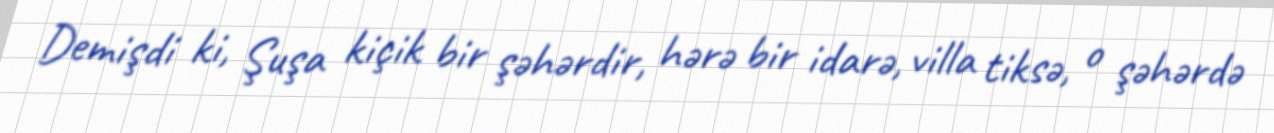
Demişdi ki, Şuşa kiçik bir şəhərdir, hərə bir idarə, villa tiksə, o şəhərdə